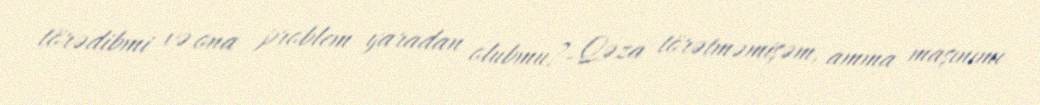
törədibmi və ona problem yaradan olubmu?- Qəza törətməmişəm, amma maşınımı